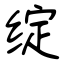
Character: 绽